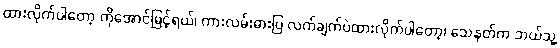
ထားလိုက်ပါတော့ ကိုအောင်မြင့်ရယ်၊ ကားလမ်းဓားပြ လက်ချက်ပဲထားလိုက်ပါတော့၊ သေနတ်က ဘယ်သူ့